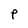
Character: p